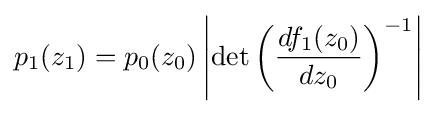
p_{1}(z_{1})=p_{0}(z_{0})\left|\det \left({\frac {df_{1}(z_{0})}{dz_{0}}}\right)^{-1}\right|